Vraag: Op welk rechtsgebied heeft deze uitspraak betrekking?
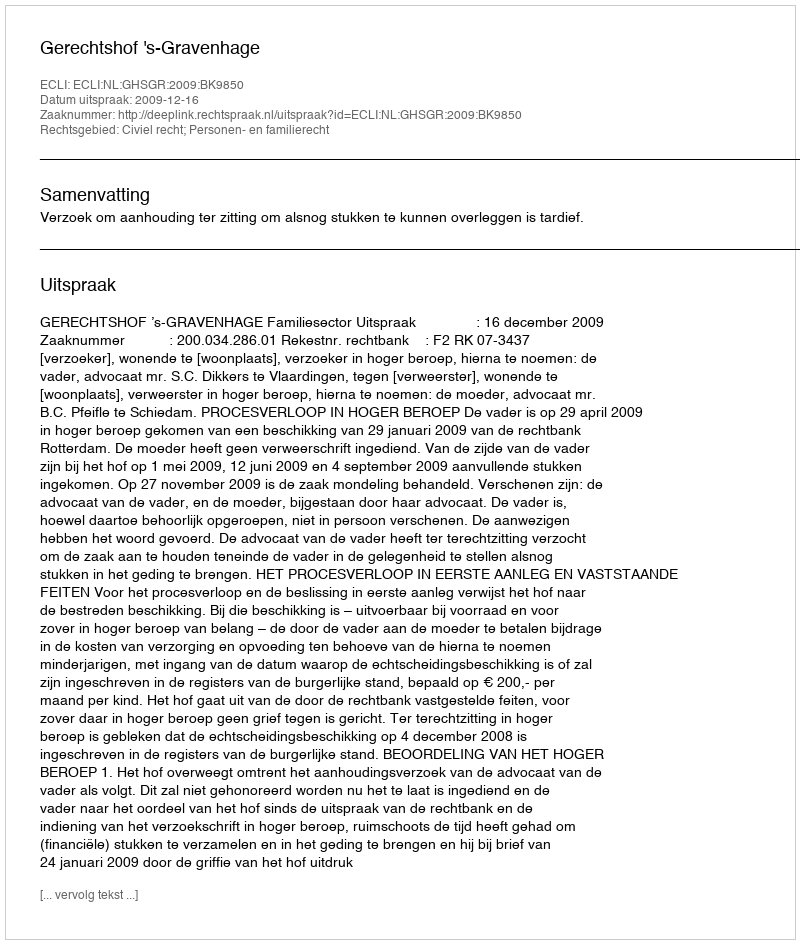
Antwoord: Civiel recht; Personen- en familierecht